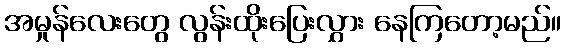
အမှုန်လေးတွေ လွန်းထိုးပြေးလွှား နေကြတော့မည်။